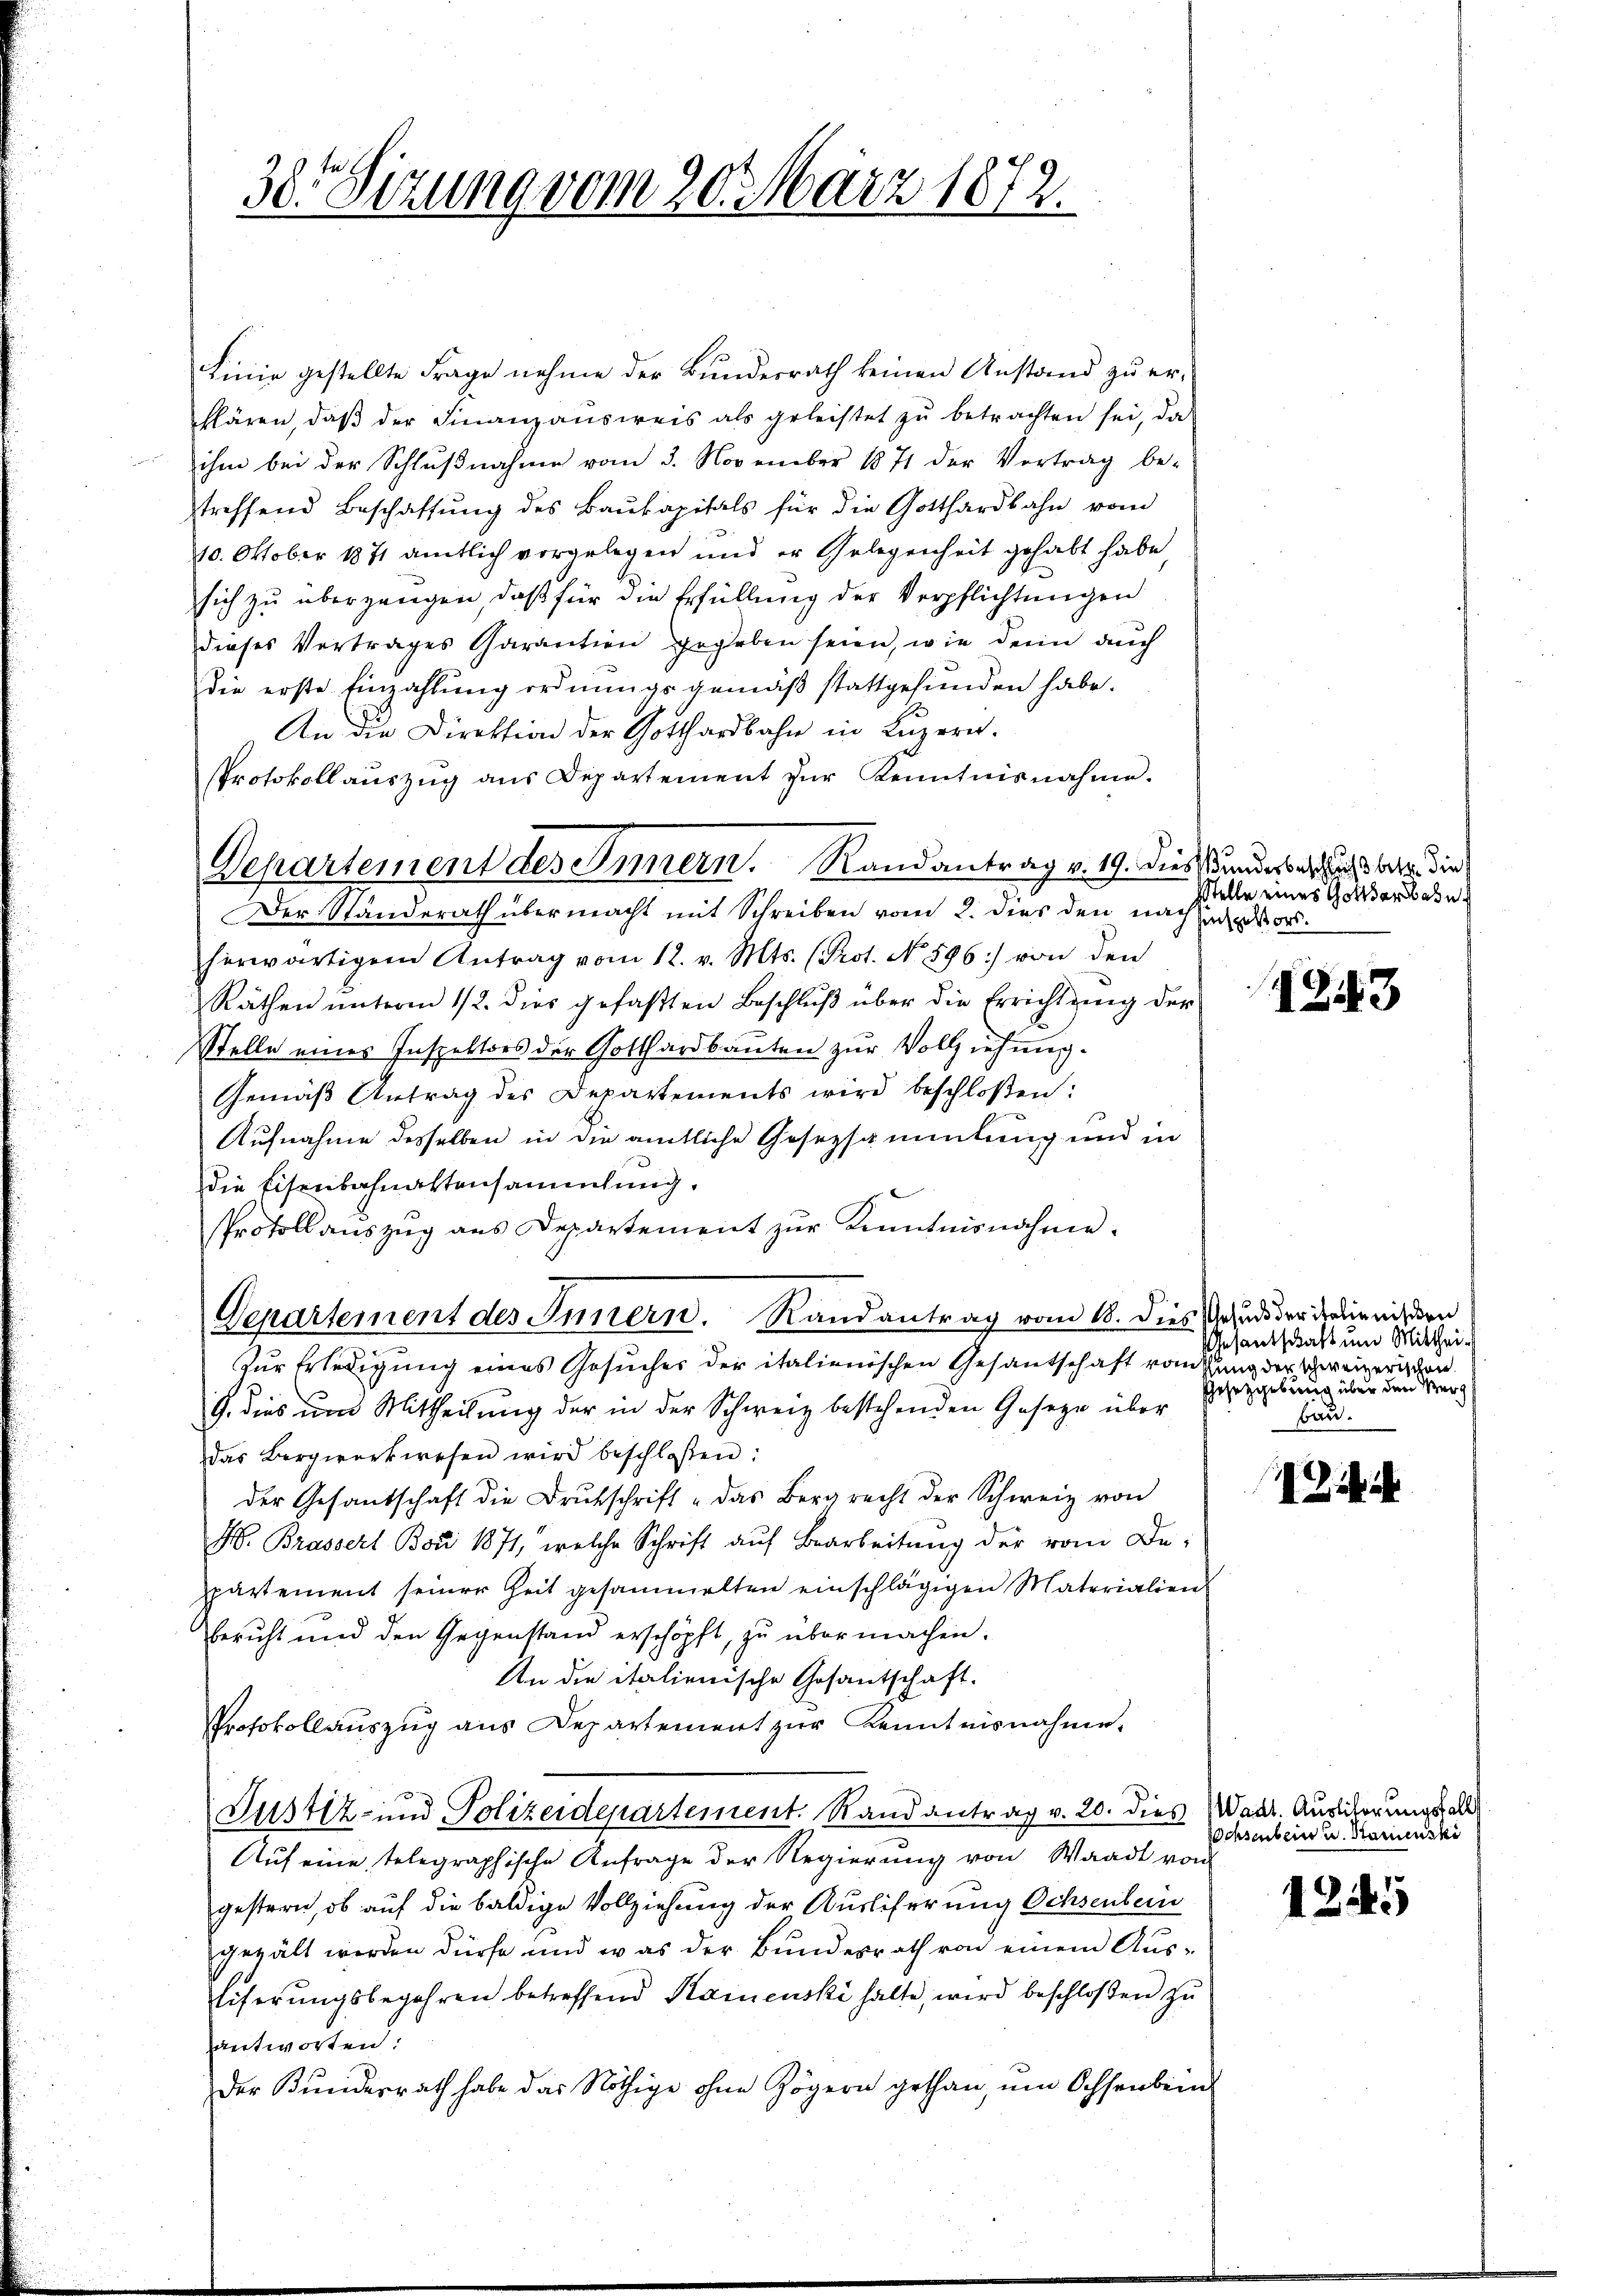
30. Sizung vom 20. März 1872.

Linie gestellte Frage nehme der Bundesrath keinen Anstand zu erklären, daβ der Finanzausweis als geleistet zŭ betrachten sei, da
ihm bei der Schlŭβnahme vom 3. November 1871 der Vortrag be-
treffend Beschaffung des Baukapitals für die Gotthardbahn vom
10. Oktober 1871 amtlich vorgelegen und er Gelegenheit gehabt habe
sich zu übergangen, daß für die Erfüllung der Verpflichtungen
dieses Vertrages Carantien gegeben seien, wie denn auch
die erste Einzahlung ordnungsgemäß stattgefunden habe.
An die Direktion der Gotthardbahn in Luzern.
Protokoll aŭszŭg ans Departement zŭr Kenntnisnahme.
Der Standerath übermacht mit Schreiben vom 2. dies den nach dorherwärtigem Antrag vom 12. v. Mts. (Prot. No. 596) von den
Räthen unterm 12. dies gefaßten Beschlŭβ über die Errichtung der
Stelle eines Inspektors der Gotthardbauten zur Vollziehung.
Gemäß Antrag des Departements wird beschloßen:
Aufnahme desselben in die amtliche Gesetzsammlung und in
die Eisenbahnaktensammlung.
Protollauszug aus Departement zur Kenntnisnahme.
Departement des Innern. Randantrag vom 18. dies Gerd der dialienis den
Zur Erledigung eines Gesuches der italienischen Gesantschaft vonsung der schweinerischen.
G. dies um Mittheilung der in der Schweiz bestehenden Gesetze über
das Bergwerk wesen wird beschloßen:
der Gesantschaft die Brŭtschrift - das Bergrecht der Schweiz von
H. Brassert Bor 1871, welche Schrift aŭf Bearbeitŭng der vom Departement seiner Zeit gesammelten einschlägigen Materialien
beruht und den Gegenstand erschöpft, zu übermachen.
An die italienische Gesantschaft.
Protokollauszug aus Departement zur Kenntnisnahme.
Justiz- und Polizeidepartement. Rand antrag v. 20. dies
Auf eine telegraphische Anfrage der Regierung von Waadt von
gestern, ob auf die baldige Vollziehung der Ausliferung Ochsenbein
gegält werden dürfe und was der Bundesrath von einem Ausliferŭngsbegehren betreffend Kamenski halte, wird beschloßen zu
antworten:
Der Kunderrath habe das Nöthige ohne Zögern gethan, um Ochsenbein

Departement des Innern. Randantrag v. 19. Diessundesbericht betr. die

Stelle eines Gottserbahn

1243

Gesantschaft um Mitthei¬
Gesetzgebung über den Verg
Bau.

1211

Wadt. Ausliterungsfalls
Schsenbein u. Stammenski

4245